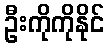
ဦးကိုကိုနိုင်